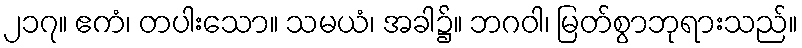
၂၁၇။ ဧကံ၊ တပါးသော။ သမယံ၊ အခါ၌။ ဘဂဝါ၊ မြတ်စွာဘုရားသည်။